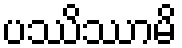
ပဿိဿာမိ